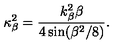
\kappa _ { \beta } ^ { 2 } = \frac { k _ { \beta } ^ { 2 } \beta } { 4 \sin ( \beta ^ { 2 } / 8 ) } .